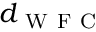
d _ { \mathrm { ~ W ~ F ~ C ~ } }